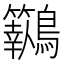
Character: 𪈓